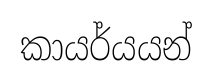
කායර්යයන්